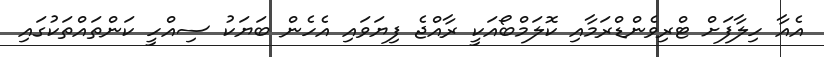
އެއާ ހިލާފަށް ޓްރިވެންޑްރަމާއި ކޮލަމްބޯއަކީ ރާއްޖެ ފިޔަވައި އެހެން ބަޔަކު ސިއްހީ ކަންތައްތަކުގައި